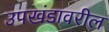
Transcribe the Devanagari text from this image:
उपखंडावरील